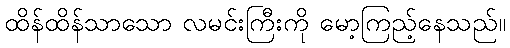
ထိန်ထိန်သာသော လမင်းကြီးကို မော့ကြည့်နေသည်။